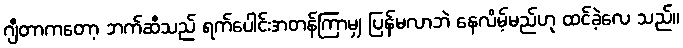
ဂျီတာကတော့ ဘက်ဆီသည် ရက်ပေါင်းအတန်ကြာမျှ ပြန်မလာဘဲ နေလိမ့်မည်ဟု ထင်ခဲ့လေ သည်။